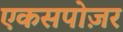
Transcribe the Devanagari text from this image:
एकसपोज़र